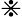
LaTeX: \divideontimes